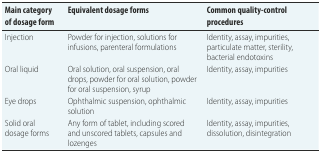
<table><thead><tr><td><b>Main category of dosage form</b></td><td><b>Equivalent dosage forms</b></td><td><b>Common quality-control procedures</b></td></tr></thead><tbody><tr><td>Injection</td><td>Powder for injection, solutions for infusions, parenteral formulations</td><td>Identity, assay, impurities, particulate matter, sterility, bacterial endotoxins</td></tr><tr><td>Oral liquid</td><td>Oral solution, oral suspension, oral drops, powder for oral solution, powder for oral suspension, syrup</td><td>Identity, assay, impurities</td></tr><tr><td>Eye drops</td><td>Ophthalmic suspension, ophthalmic solution</td><td>Identity, assay, impurities</td></tr><tr><td>Solid oral dosage forms</td><td>Any form of tablet, including scored and unscored tablets, capsules and lozenges</td><td>Identity, assay, impurities, dissolution, disintegration</td></tr></tbody></table>